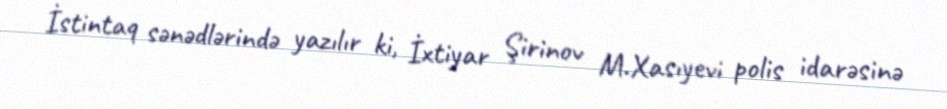
İstintaq sənədlərində yazılır ki, İxtiyar Şirinov M.Xasıyevi polis idarəsinə